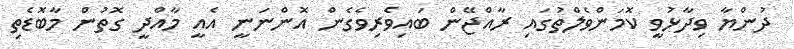
ދުންޔާ ވިދާޅުވީ ކޮމަންވެލްތުގައި ރާއްޖޭން ބައިވެރިވެގެން އޮންނަނީ އެއީ މާއްދީ ގޮތުން މާބޮޑެތި